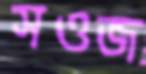
সওজ